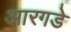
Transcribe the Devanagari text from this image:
आरगडे